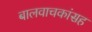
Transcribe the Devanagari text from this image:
बालवाचकांसह